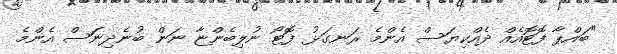
"ބައްޕާ ފޮޓޮއެއް ދެއްކިޔަސް އެންމެ ރަނގަޅު ފޮޓޯ ނުލިބެންޏާ ނަން ބުނެދިނަސް އެންމެ